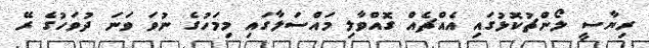
ރިޔާސީ ލޯންޗުކޮޅުގައި އެއްޗެއް ގޮއްވާލި މައްސަލާގައި މިމަހުގެ ނުވަ ވަނަ ދުވަހުގެ ރޭ